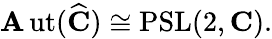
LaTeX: \operatorname{\mathbf{A}ut}({\widehat{{\mathbf{{C}}}}})\cong\operatorname{PSL}(2,\mathbf{{C}}).